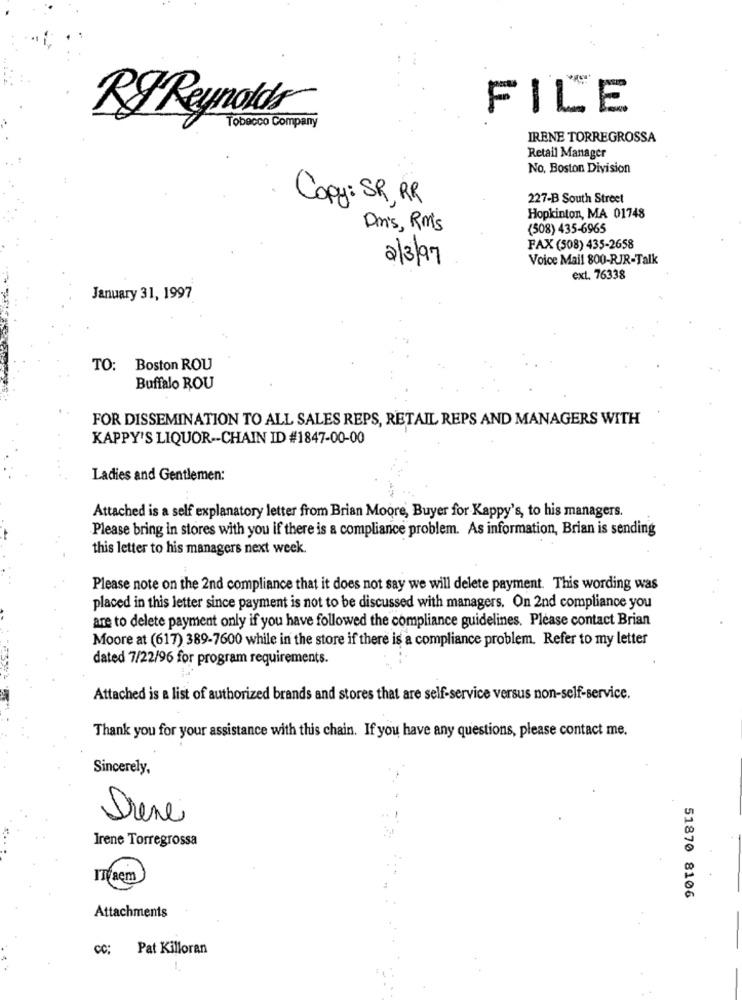
FILE
RJ Reynolds
Tobecco Company
IRENE TORREGROSSA
Retail Manager
No, Boston Division
Copy: SR, RR
227-B South Street
Hopkinton, MA 01748
Dm's, Rm's
(508) 435-6965
FAX (508) 435-2658
2/3/97
Voice Mail 800-RJR-Talk
ext. 76338
January 31, 1997
TO: Boston ROU
Buffalo ROU
FOR DISSEMINATION TO ALL SALES REPS, RETAIL REPS AND MANAGERS WITH
KAPPY'S LIQUOR -- CHAIN ID #1847-00-00
Ladies and Gentlemen:
Attached is a self explanatory letter from Brian Moore, Buyer for Kappy's, to his managers.
Please bring in stores with you if there is a compliance problem. As information, Brian is sending
this letter to his managers next week
Please note on the 2nd compliance that it does not say we will delete payment. This wording was
placed in this letter since payment is not to be discussed with managers. On 2nd compliance you
are to delete payment only if you have followed the compliance guidelines. Please contact Brian
Moore at (617) 389-7600 while in the store if there is a compliance problem. Refer to my letter
dated 7/22/96 for program requirements.
Attached is a list of authorized brands and stores that are self-service versus non-self-service.
Thank you for your assistance with this chain. If you have any questions, please contact me.
Sincerely,
Drene
Irene Torregrossa
Traem
51870 8106
Attachments
CC:
Pat Killoran